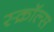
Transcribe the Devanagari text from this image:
स्क्रॉल्स